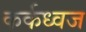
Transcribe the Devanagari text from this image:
कर्कध्वज